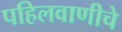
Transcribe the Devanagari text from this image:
पहिलवाणीचे